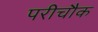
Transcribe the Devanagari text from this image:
परीचौक